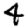
Digit: 4